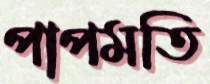
পাপমতি